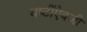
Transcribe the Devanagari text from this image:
यष्टींऐवजी